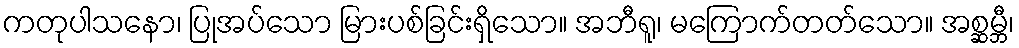
ကတုပါသနော၊ ပြုအပ်သော မြားပစ်ခြင်းရှိသော။ အဘီရူ၊ မကြောက်တတ်သော။ အစ္ဆမ္ဘီ၊